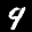
Label: 9